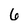
Character: 6